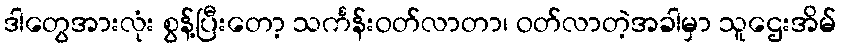
ဒါတွေအားလုံး စွန့်ပြီးတော့ သင်္ကန်းဝတ်လာတာ၊ ဝတ်လာတဲ့အခါမှာ သူဌေးအိမ်